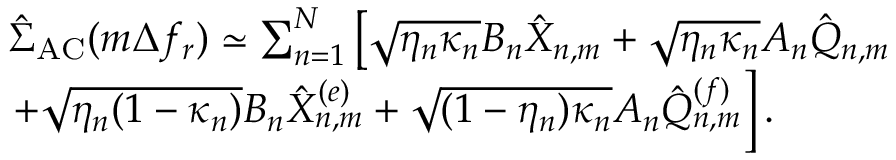
\begin{array} { r l } & { \hat { \Sigma } _ { \mathrm { A C } } ( m \Delta f _ { r } ) \simeq \sum _ { n = 1 } ^ { N } \left[ \sqrt { \eta _ { n } \kappa _ { n } } B _ { n } \hat { X } _ { n , m } + \sqrt { \eta _ { n } \kappa _ { n } } A _ { n } \hat { Q } _ { n , m } \right. } \\ & { \left. + \sqrt { \eta _ { n } ( 1 - \kappa _ { n } ) } B _ { n } \hat { X } _ { n , m } ^ { ( e ) } + \sqrt { ( 1 - \eta _ { n } ) \kappa _ { n } } A _ { n } \hat { Q } _ { n , m } ^ { ( f ) } \right] . } \end{array}